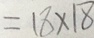
= 1 8 \times 1 8